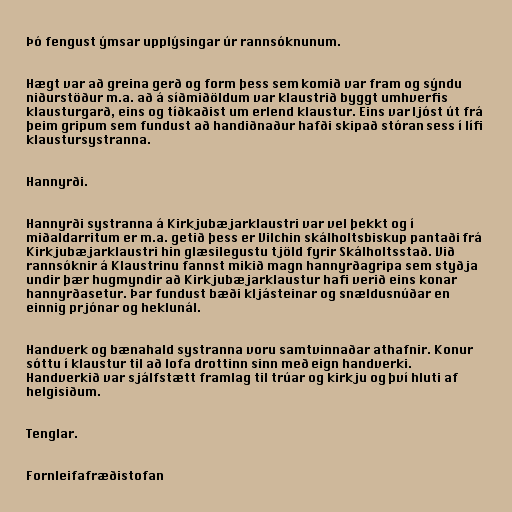
Þó fengust ýmsar upplýsingar úr rannsóknunum.

Hægt var að greina gerð og form þess sem komið var fram og sýndu
niðurstöður m.a. að á síðmiðöldum var klaustrið byggt umhverfis
klausturgarð, eins og tíðkaðist um erlend klaustur. Eins var ljóst út frá
þeim gripum sem fundust að handiðnaður hafði skipað stóran sess í lífi
klaustursystranna.

Hannyrði.

Hannyrði systranna á Kirkjubæjarklaustri var vel þekkt og í
miðaldarritum er m.a. getið þess er Vilchin skálholtsbiskup pantaði frá
Kirkjubæjarklaustri hin glæsilegustu tjöld fyrir Skálholtsstað. Við
rannsóknir á Klaustrinu fannst mikið magn hannyrðagripa sem styðja
undir þær hugmyndir að Kirkjubæjarklaustur hafi verið eins konar
hannyrðasetur. Þar fundust bæði kljásteinar og snældusnúðar en
einnig prjónar og heklunál.

Handverk og bænahald systranna voru samtvinnaðar athafnir. Konur
sóttu í klaustur til að lofa drottinn sinn með eign handverki.
Handverkið var sjálfstætt framlag til trúar og kirkju og því hluti af
helgisiðum.

Tenglar.

Fornleifafræðistofan